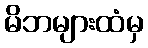
မိဘများထံမှ